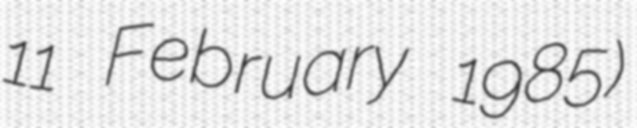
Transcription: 11 February 1985)